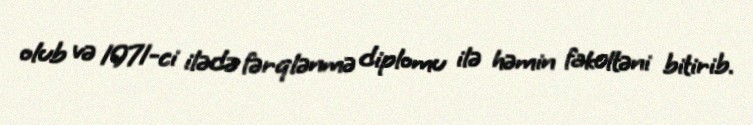
olub və 1971-ci ilədə fərqlənmə diplomu ilə həmin fakültəni bitirib.